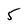
Character: 5